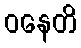
ဝနေတိ